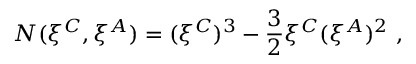
{ \cal N } ( \xi ^ { C } , \xi ^ { A } ) = ( \xi ^ { C } ) ^ { 3 } - { \frac { 3 } { 2 } } \xi ^ { C } ( \xi ^ { A } ) ^ { 2 } \ ,